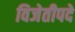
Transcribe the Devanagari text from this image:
विजेतीपदे